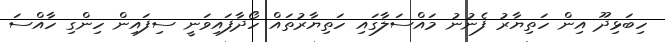
ހިބަޅިދޫ އިން ހަތިޔާރު ފެނުނު މައްސަލާގައި ހަތިޔާރުތައް ހޯދާފައިވަނީ ސިފައިން ހިންގި ހާއްސަ